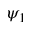
\psi _ { 1 }